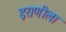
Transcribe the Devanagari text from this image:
इराणीला